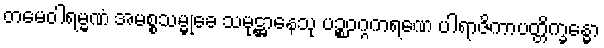
တမေဝါရမ္မဏံ အမစ္စသမ္မုခေ သမုဋ္ဌာနေသု ပဉ္စဝဂ္ဂကရဏေ ပါရာဇိကာပတ္တိက္ခန္ဓော